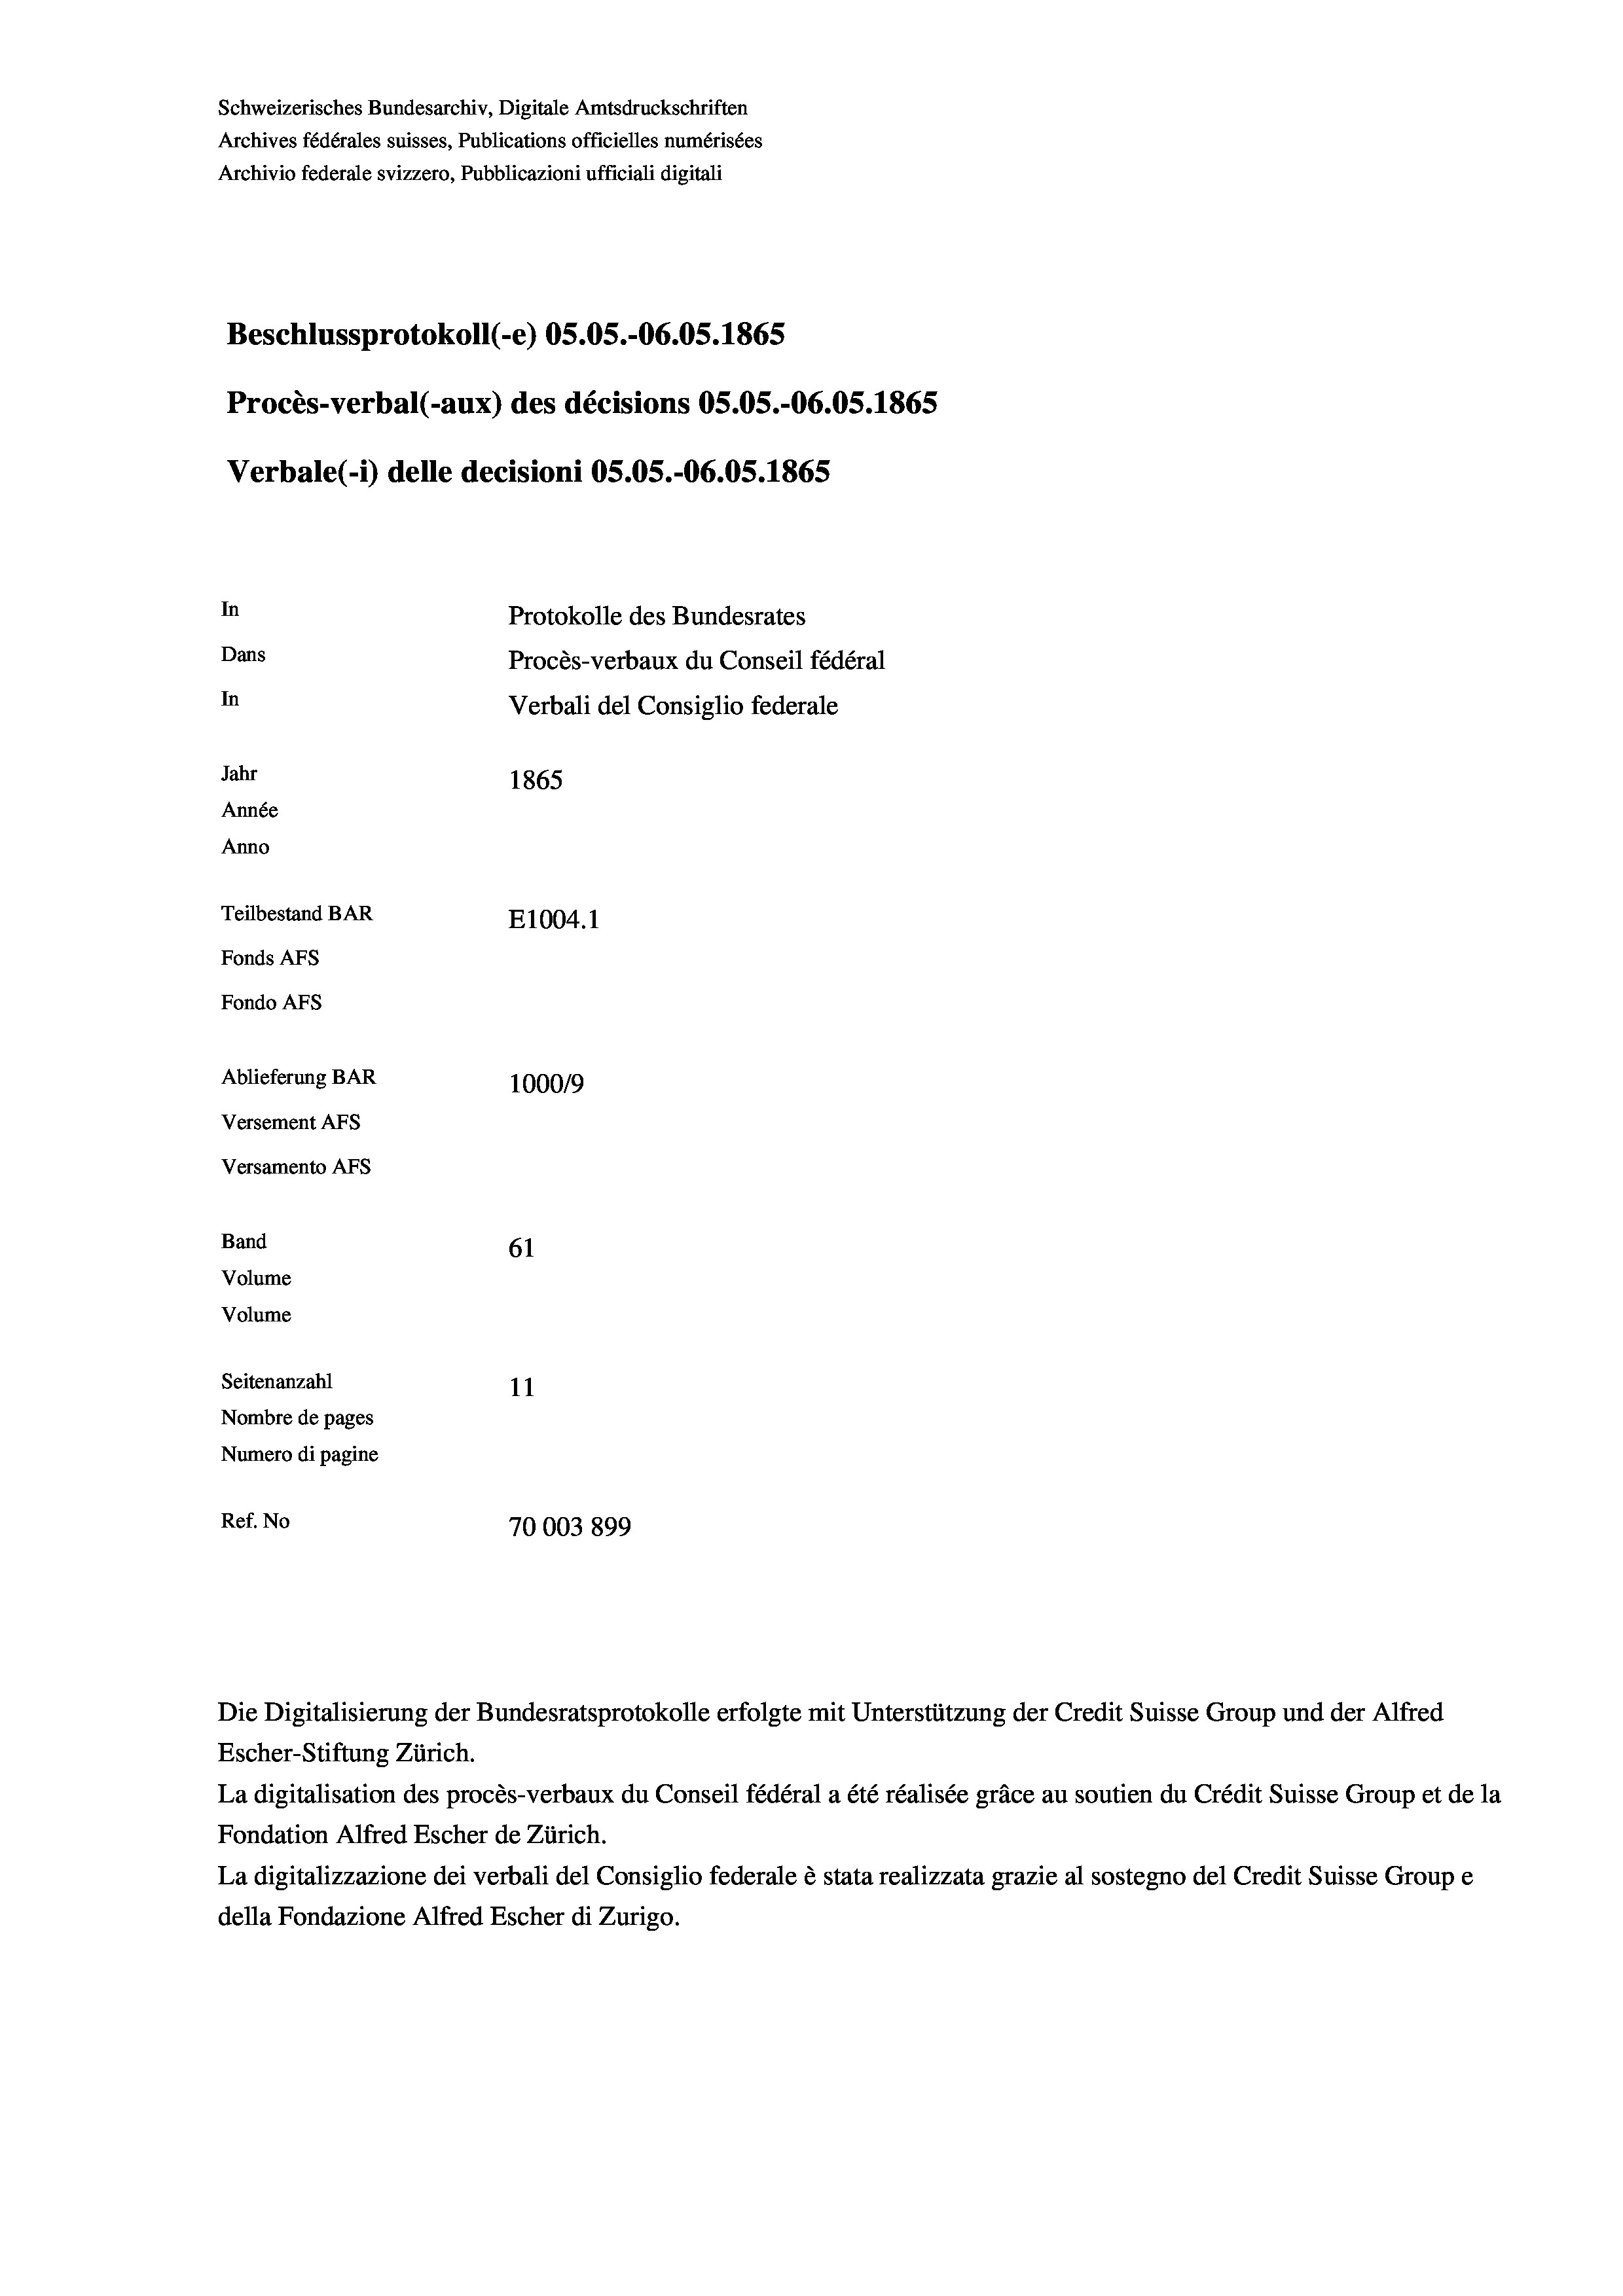
Schweizerisches Bundesarchiv, Digitale Amtsdruckschriften
Archives fédérales suisses, Publications officielles numérisées
Archivio federale svizzero, Pubblicazioni ufficiali digitali
Beschlussprotokoll (-e) OS.05.-06.05. 1865
Procès-verbal (-aux) des décisions OS.05.-O6.OS. 1865
Verbale(1) delle decisioni OS.OS.-06.OS. 1865
In
Protokolle des Bundesrates
Dans
Procès-verbaux du Conseil fédéral
In
Verbali del Consiglio federale
Jahr
1865
Année
Anno
Teilbestand BAR
E1004.1
Fonds AFs
Fondo Afs
Ablieferung BAR
100019
Versement AFs

Versamento Afs
Band
Volume
Volume

61
Seitenanzahl
11
Nombre de pages
Numero di pagine
Ref. No
70003 899

Die Digitalisierung der Bundesratsprotokolle erfolgte mit Unterstützung der Credit Suisse Group und der Alfred
Escher-Stiftung Zürich.
La digitalisation des procès-verbaux du Conseil fédéral a été réalisée gräce au soutien du Crédit Suisse Group et de la
Fondation Alfred Escher de Zürich.
La digitalizzazione dei verbali del Consiglio federale è stata realizzata grazie al sostegno del Credit Suisse Groupe
della Fondazione Alfred Escher di Zurigo.